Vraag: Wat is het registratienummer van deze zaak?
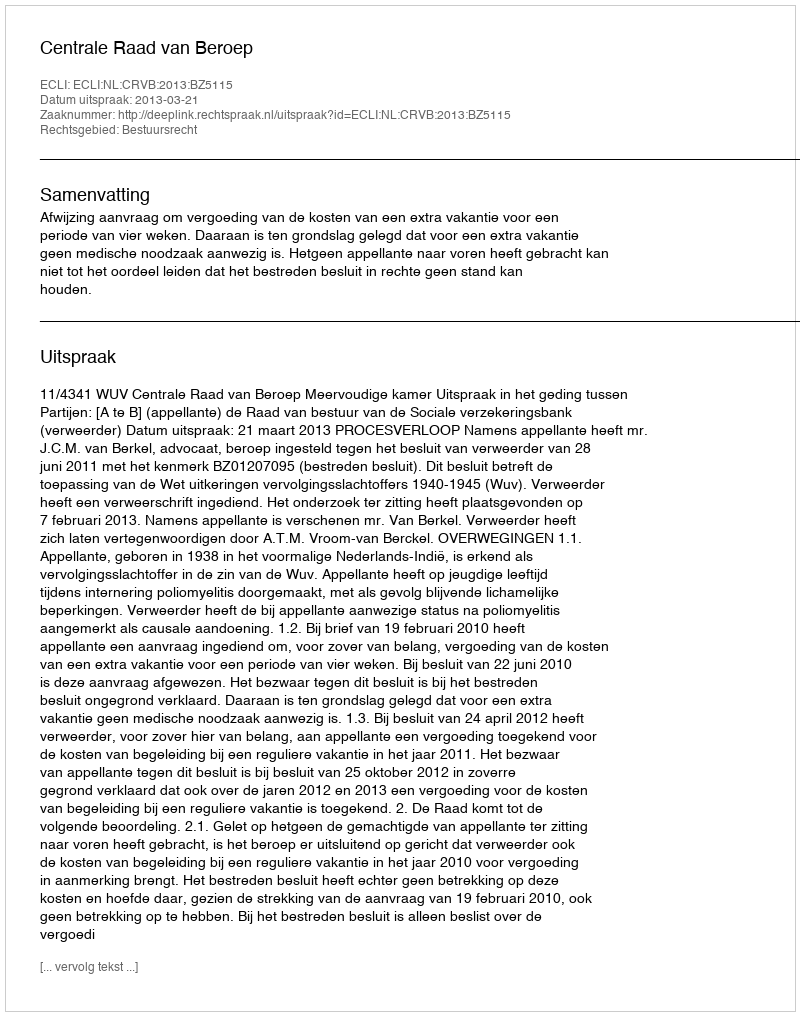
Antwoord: http://deeplink.rechtspraak.nl/uitspraak?id=ECLI:NL:CRVB:2013:BZ5115